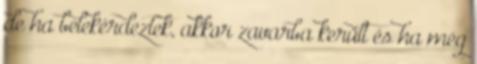
de ha belekérdeztek, akkor zavarba került és ha még